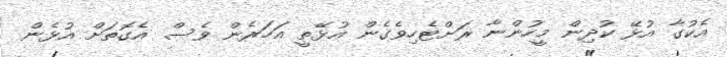
އެކުގާ އުޅޭ ކުދިން މީހުންނާ ރަށްޓެހިވެގެން އުޅޭތީ އަހަރެން ވެސް އެގޮތަށް އުޅެން